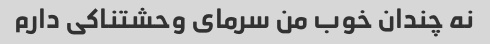
نه چندان خوب من سرمای وحشتناکی دارم